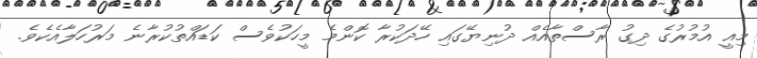
މިއީ އުމުރުގެ ދިގު ރާސްތާއެއް ދުނިޔޭގައި ހޭދަކުރާ ކޮންމެ މީހަކުވެސް ކަޑައްތުކުރާނެ މަރުހަލާއެކެވެ.